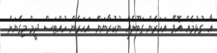
އާ. ގުޅުމެއް އޮވޭ. އަހަރެން ގަބޫލެއް ނުކުރާނަން. އަހަރެން ހުއްޓަސް ދީމް މިގެޔަށް